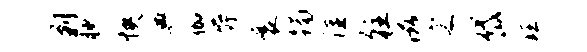
剿腴怏典伽辱襄躅隹往滋宸岱珏